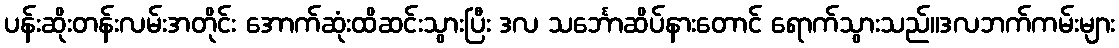
ပန်းဆိုးတန်းလမ်းအတိုင်း အောက်ဆုံးထိဆင်းသွားပြီး ဒလ သင်္ဘောဆိပ်နားတောင် ရောက်သွားသည်။ဒလဘက်ကမ်းများ